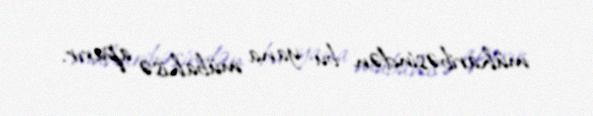
müharibəsindən bu yana mübahisə aparır.